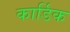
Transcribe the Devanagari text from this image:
कार्डिक